Medical and sanitary report of the native army of Bengal for the year
Year: 1877
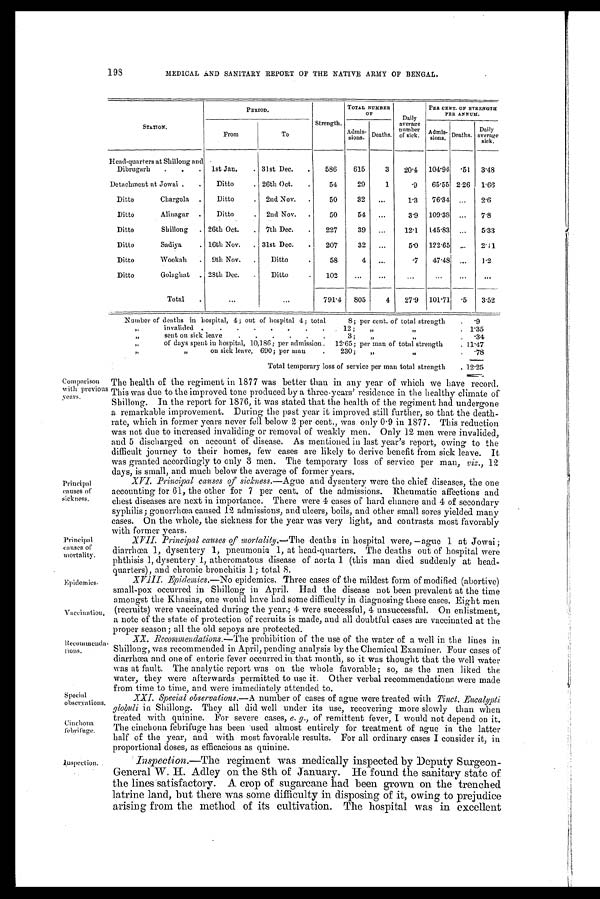
Principal
causes of
mortality.
Epidemics.
Vaccination.
Special
observations.
Cinchona
febrifuge.
198
MEDICAL AND SANITARY REPORT OF THE NATIVE ARMY OF BENGAL.
STATION.
PERIOD.
Strength.
TOTAL NUMBER
OF
Daily
average
number
of sick.
PER CENT. OF STRENGTH
PER ANNUM.
From
To
Admis- sions. Deaths.
Admis- sions. Deaths.
Daily
average
sick.
Head-quarters at Shillong and
Dibrugarh . . . 1st Jan. . 31st Dec. . 586 615
3 20.4 104.94 .51 3.48
Detachment at Jowai
. Ditto
. 26th Oct. .
54
29
1
.9 65.55 2.26 1.66
Ditto
Chargola . Ditto
. 2nd Nov. .
50
32 ...
1.3 76.34 . . . 2.6
Ditto
Alinagar . Ditto
. 2nd Nov. .
50
54 ...
3.9 109.38 . . . 7.8
Ditto
Shillong . 26th Oct. . 7th Dec.
227
39 ...
12.1 145.83 ... 5.33
Ditto
Sadiya
. 16th Nov. . 31st Dec.
207
32 ...
5. 0 122.65 ... 2.41
Ditto
Wookah . 9th Nov. . Ditto
58
4
. . .
.7 47.48 ... 1.2
Ditto
Golaghat . 28th Dec. . Ditto
102
...
...
...
...
...
...
Total
. . . ...
791.4 805
4 27.9 101.71 .5 3.52
Number of deaths in hospital, 4; out of hospital 4; total
invalided . . . . . . . .
8; per cent. of total strength .9
"
12; "
"
1.35
"
sent on sick leave . . . . . .
3; "
"
.34
"
of days spent in hospital, 10,186; per admission 12.65; per man of total strength
11.47
"
" on sick leave, 690; per man
230; "
"
.78
Total temporary loss of service per man total strength
12.25
Comparison
with previous
years.
Principal
causes of
sickness.
The health of the regiment in 1877 was better than in any year of which we have record.
This was due to the improved tone produced by a three-years' residence in the healthy climate of
Shillong. In the report for 1876, it was stated that the health of the regiment had undergone
a remarkable improvement. During the past year it improved still further, so that the death-
rate, which in former years never fell below 2 per cent., was only 0.9 in 1877. This reduction
was not due to increased invaliding or removal of weakly men. Only 12 men were invalided,
and 5 discharged on account of disease. As mentioned in last year's report, owing to the
difficult journey to their homes, few cases are likely to derive benefit from sick leave. It
was granted accordingly to only 3 men. The temporary loss of service per man, viz., 12
days, is small, and much below the average of former years.
XVI. Principal causes of sickness. —Ague and dysentery were the chief diseases, the one
accounting for 61, the other for 7 per cent. of the admissions. Rheumatic affections and
chest diseases are next in importance. There were 4 cases of hard chancre and 4 of secondary
syphilis; gonorrhœa caused 12 admissions, and ulcers, boils, and other small sores yielded many
cases. On the whole, the sickness for the year was very light, and contrasts most favorably
with former years.
XVII. Principal causes of mortality. —The deaths in hospital were,—ague 1 at Jowai ;
diarrhœa 1, dysentery 1, pneumonia 1, at head-quarters. The deaths out of hospital were
phthisis 1, dysentery 1, atheromatous disease of aorta 1 (this man died suddenly at head-
quarters), and chronic bronchitis 1 ; total 8.
XVIII. Epidemics. —No epidemics. Three cases of the mildest form of modified (abortive)
small-pox occurred in Shillong in April. Had the disease not been prevalent at the time
amongst the Khasias, one would have had some difficulty in diagnosing these cases. Eight men
(recruits) were vaccinated during the year; 4 were successful, 4 unsuccessful. On enlistment,
a note of the state of protection of recruits is made, and all doubtful cases are vaccinated at the
proper season ; all the old sepoys are protected.
Recommenda- tions.
XX. Recommendations. —The prohibition of the use of the water of a well in the lines in
Shillong, was recommended in April, pending analysis by the Chemical Examiner. Four cases of
diarrhœa and one of enteric fever occurred in that month, so it was thought that the well water
was at fault. The analytic report was on the whole favorable; so, as the men liked the
water, they were afterwards permitted to use it. Other verbal recommendations were made
from time to time, and were immediately attended to.
XXI. Special observations.— A number of cases of ague were treated with Tinct. Eucalypti
globuli in Shillong. They all did well under its use, recovering more slowly than when
treated with quinine. For severe cases, e. g., of remittent fever, I would not depend on it.
The cinchona febrifuge has been used almost entirely for treatment of ague in the latter
half of the year, and with most favorable results. For all ordinary cases I consider it, in
proportional doses, as efficacious as quinine.
Inspection.
Inspection. —The regiment was medically inspected by Deputy Surgeon-
General W. H. Adley on the 8th of January. He found the sanitary state of
the lines satisfactory. A crop of sugarcane had been grown on the trenched
latrine land, but there was some difficulty in disposing of it, owing to prejudice
arising from the method of its cultivation. The hospital was in excellent